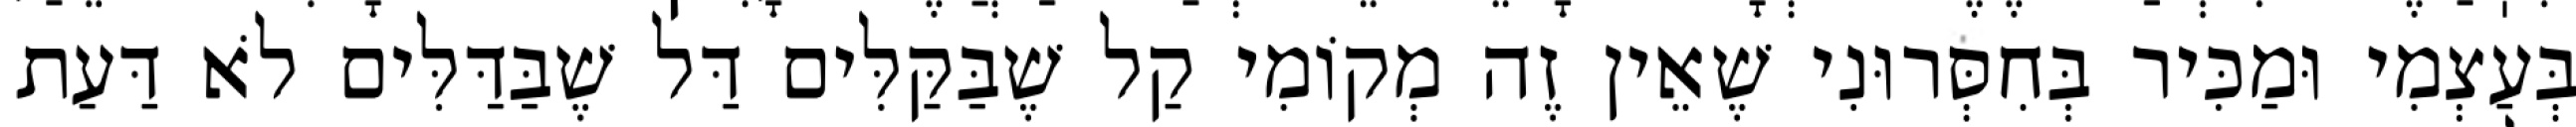
בְּעַצְמִי וּמַכִּיר בְּחִסְּרוּנִי שֶׁאֵין זֶה מְקוֹמִי קַל שֶׁבַּקַּלִּים דַּל שֶׁבַּדַּלִּים לֹא דַּעַת